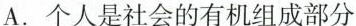
A.个人是社会的有机组成部分